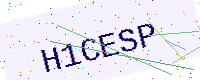
Text: H1CESP